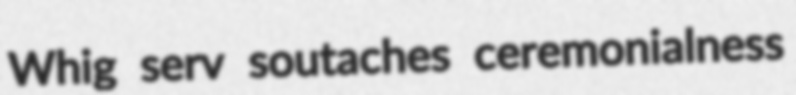
Whig serv soutaches ceremonialness